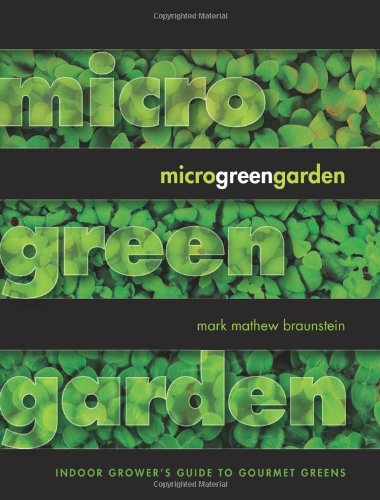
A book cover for Microgreen Garden: Indoor Grower's Guide to Gourmet Greens; Mark Mathew Braunstein; Cookbooks, Food & Wine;